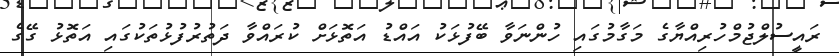
ރައީސުލްޖުމްހުރިއްޔާގެ މަގާމުގައި ހުންނަވާ ބޭފުޅަކު އައްޑު އަތޮޅަށް ކުރައްވާ ދަތުރުފުޅުތަކުގައި އަތޮޅު ގޭގެ